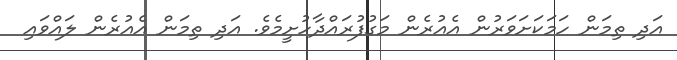
އަދި ތިމަން ހަމަކަށަވަރުން އެއުރެން މަގުފުރައްދާހުށީމެވެ. އަދި ތިމަން އެއުރެން ލައްވައި